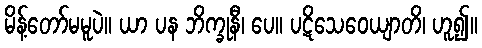
မိန့်တော်မမူပဲ။ ယာ ပန ဘိက္ခုနီ၊ ပေ။ ပဋိသေဝေယျာတိ၊ ဟူ၍။